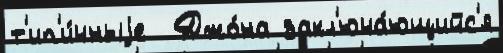
т'ип'и́чныjе  Джо́на закл'юча́ющийс'я